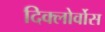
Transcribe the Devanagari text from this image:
दिक्लोर्वोस